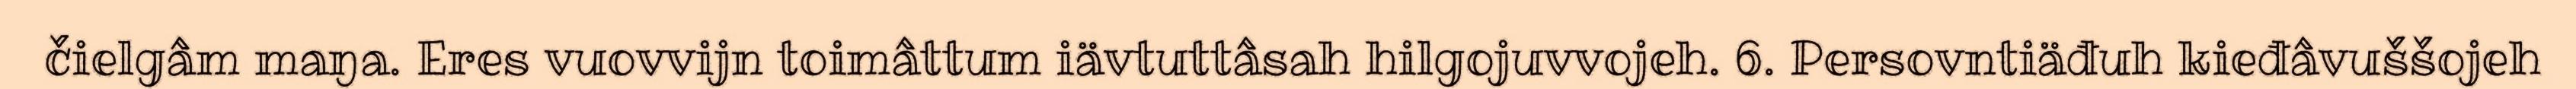
čielgâm maŋa. Eres vuovvijn toimâttum iävtuttâsah hilgojuvvojeh. 6. Persovntiäđuh kieđâvuššojeh